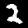
Label: 2